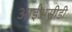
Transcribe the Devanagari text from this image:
आईअसीडी